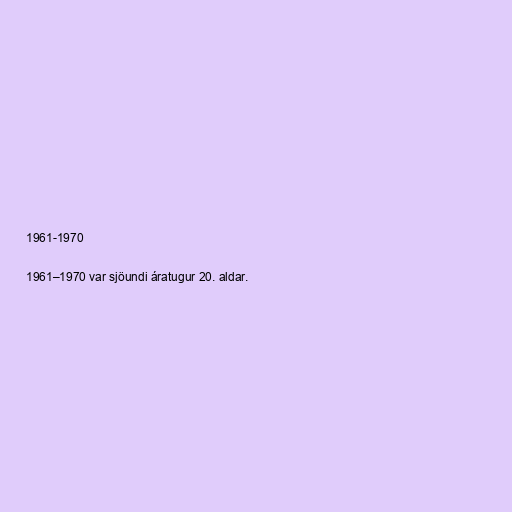
1961-1970

1961–1970 var sjöundi áratugur 20. aldar.